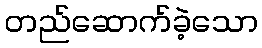
တည်ဆောက်ခဲ့သော